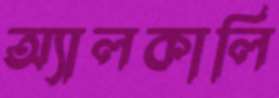
অ্যালকালি